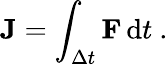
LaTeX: \mathbf{J}=\int_{\Delta t}\mathbf{F}\, \mathrm{d}t~.